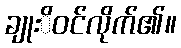
ချုးိဝင်လိုက်၏။